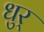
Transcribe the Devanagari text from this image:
धुर्